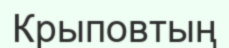
Крыповтың